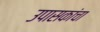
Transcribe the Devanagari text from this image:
उपासकांचा